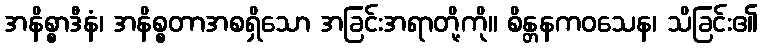
အနိစ္စာဒီနံ၊ အနိစ္စတာအစရှိသော အခြင်းအရာတို့ကို။ စိန္တနကဝသေန၊ သိခြင်း၏